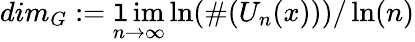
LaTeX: dim_{G}:=\operatorname*{\mathtt{l}im}_{n\to\infty}\ln(\# (U_{n}(x)))/\ln(n)